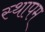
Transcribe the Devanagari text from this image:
स्थापम